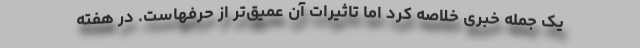
یک جمله خبری خلاصه کرد اما تاثیرات آن عمیق‌تر از حرفهاست. در هفته